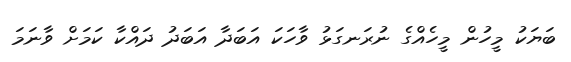
ބަޔަކު މީހުން މީހެއްގެ ނުރަނގަޅު ވާހަކަ އަބަދާ އަބަދު ދައްކާ ކަމަށް ވާނަމަ